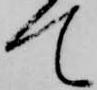
て